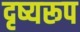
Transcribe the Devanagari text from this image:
दृष्यरूप